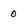
Character: o